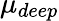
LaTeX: \mu_{deep}